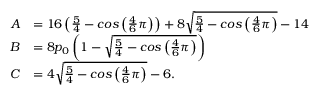
\begin{array} { r l } { A } & { = 1 6 \left( \frac { 5 } { 4 } - c o s \left( \frac { 4 } { 6 } \pi \right) \right) + 8 \sqrt { \frac { 5 } { 4 } - c o s \left( \frac { 4 } { 6 } \pi \right) } - 1 4 } \\ { B } & { = 8 p _ { 0 } \left( 1 - \sqrt { \frac { 5 } { 4 } - c o s \left( \frac { 4 } { 6 } \pi \right) } \right) } \\ { C } & { = 4 \sqrt { \frac { 5 } { 4 } - c o s \left( \frac { 4 } { 6 } \pi \right) } - 6 . } \end{array}